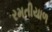
રમતીયાળ